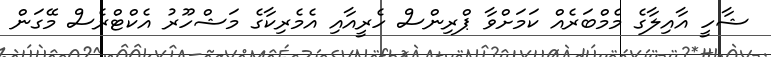
ޝާހީ އާއިލާގެ މެމްބަރެއް ކަމަށްވާ ޕްރިންސް ހެރީއާއި އެމެރިކާގެ މަޝްހޫރު އެކްޓްރެސް މޭގަން